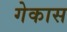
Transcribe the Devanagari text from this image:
गेकास